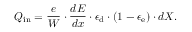
Q _ { \mathrm { i n } } = \frac { e } { W } \cdot \frac { d E } { d x } \cdot \epsilon _ { \mathrm { d } } \cdot ( 1 - \epsilon _ { \mathrm { e } } ) \cdot d X .